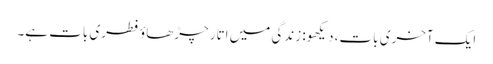
ایک آخری بات، دیکھو: زندگی میں اتار چڑھاؤ فطری بات ہے۔